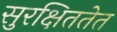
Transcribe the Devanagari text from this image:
सुरक्षिततेत